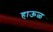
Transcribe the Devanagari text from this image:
हाऊळ